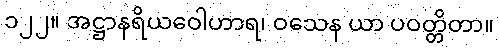
၁၂၂။ အဋ္ဌာနရိယဝေါဟာရ၊ ဝသေန ယာ ပဝတ္တိတာ။